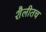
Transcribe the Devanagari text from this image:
शैलीतच